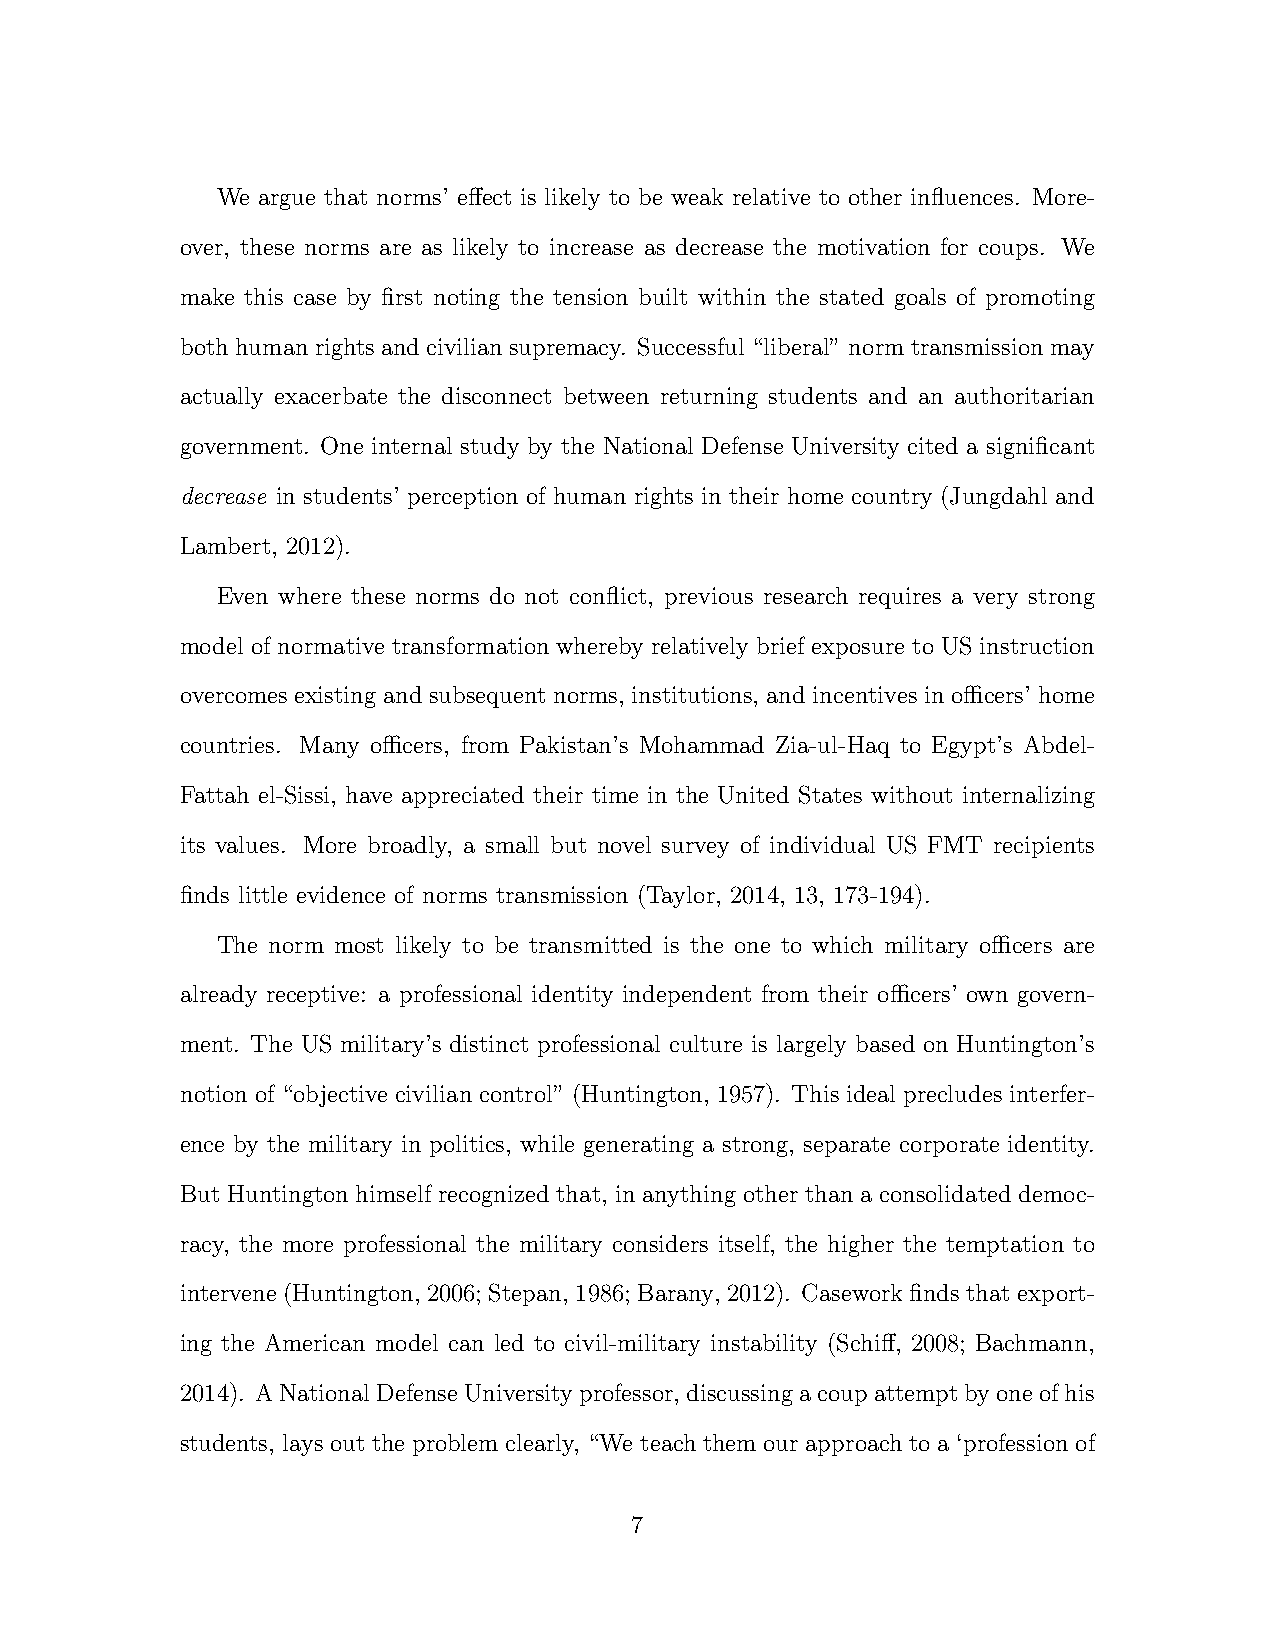
We argue that norms’ e↵ect is likely to be weak relative to other influences. More-
 over, these norms are as likely to increase as decrease the motivation for coups. We
 make this case by first noting the tension built within the stated goals of promoting
 both human rights and civilian supremacy. Successful “liberal” norm transmission may
 actually exacerbate the disconnect between returning students and an authoritarian
 government. One internal study by the National Defense University cited a significant
 decrease in students’ perception of human rights in their home country (Jungdahl and
 Lambert, 2012).
 Even where these norms do not conflict, previous research requires a very strong
 model of normative transformation whereby relatively brief exposure to US instruction
 overcomes existing and subsequent norms, institutions, and incentives in ocers’ home
 countries. Many ocers, from Pakistan’s Mohammad Zia-ul-Haq to Egypt’s Abdel-
 Fattah el-Sissi, have appreciated their time in the United States without internalizing
 its values. More broadly, a small but novel survey of individual US FMT recipients
 finds little evidence of norms transmission (Taylor, 2014, 13, 173-194).
 The norm most likely to be transmitted is the one to which military ocers are
 already receptive: a professional identity independent from their ocers’ own govern-
 ment. The US military’s distinct professional culture is largely based on Huntington’s
 notion of “objective civilian control” (Huntington, 1957). This ideal precludes interfer-
 ence by the military in politics, while generating a strong, separate corporate identity.
 But Huntington himself recognized that, in anything other than a consolidated democ-
 racy, the more professional the military considers itself, the higher the temptation to
 intervene(Huntington, 2006; Stepan, 1986; Barany, 2012). Caseworkfindsthatexport-
 ing the American model can led to civil-military instability (Schi↵, 2008; Bachmann,
 2014). ANationalDefenseUniversityprofessor, discussingacoupattemptbyoneofhis
 students, lays out the problem clearly, “We teach them our approach to a ‘profession of
 7